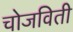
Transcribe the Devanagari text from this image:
चोजविती